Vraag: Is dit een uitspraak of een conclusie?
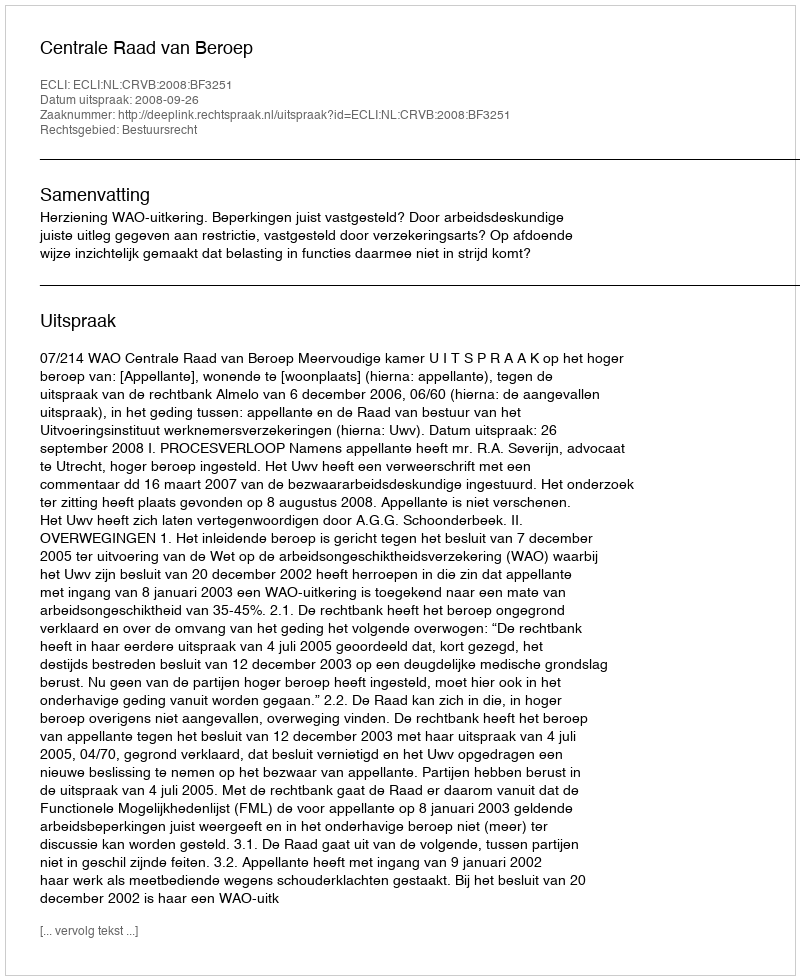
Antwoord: Uitspraak